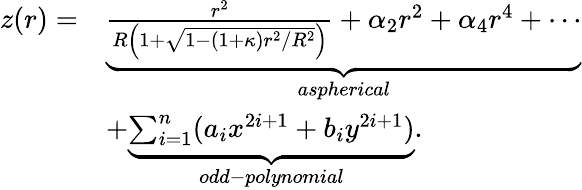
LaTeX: \begin{array}{rl}{z(r)=}&{\underbrace{\frac{r^{2}}{R\left(1+\sqrt{1-(1+\kappa)r^{2}/R^{2}}\right)}+\alpha_{2}r^{2}+\alpha_{4}r^{4}+\cdots}_{aspherical}}\\ &{+\underbrace{\sum_{i=1}^{n}(a_{i}x^{2i+1}+b_{i}y^{2i+1})}_{odd-polynomial}.}\end{array}